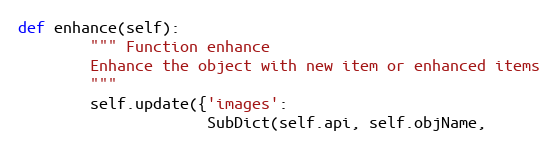
Language: Python
def enhance(self):
        """ Function enhance
        Enhance the object with new item or enhanced items
        """
        self.update({'images':
                     SubDict(self.api, self.objName,